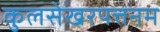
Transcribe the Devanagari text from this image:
कुलसेखरपत्तनम